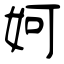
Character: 妸